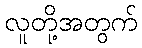
လူတို့အတွက်